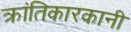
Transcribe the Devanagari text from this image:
क्रांतिकारकानी